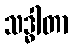
သဒ္ဓါတာ